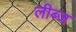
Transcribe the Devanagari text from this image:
लीब्ज